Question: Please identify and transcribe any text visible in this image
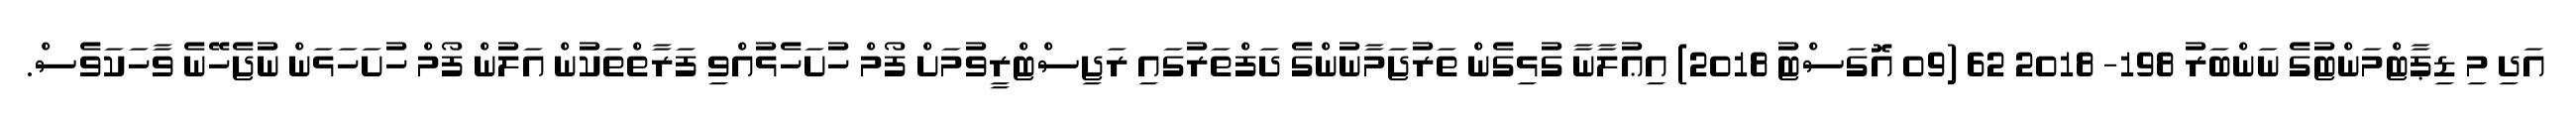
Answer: އަދި މި ޑިޕާޓްމަންޓުގެ ނަންބަރު 198- 2018 62 (09 އޮގަސްޓު 2018) އިޢުލާނާ ގުޅިގެން ތަރުޖަމާނުންގެ ދަފްތަރުގައި ރަޖިސްޓްރީވުމަށް ފޯމް ހުށަހެޅުއްވި ފަރާތްތަކުން އަލުން ފޯމް ހުށަހަޅަން ނުޖެހޭނެ ވާހަކަވެސް.